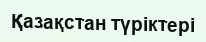
Қазақстан түріктері